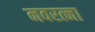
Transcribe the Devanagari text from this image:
नवरत्ना